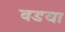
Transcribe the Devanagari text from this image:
वडया